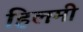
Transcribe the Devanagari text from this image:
हिलमी